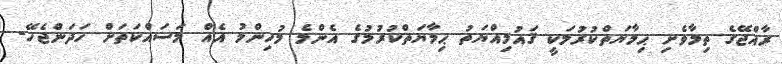
ރާއްޖޭގެ ތިމާވެށި ޙިމާޔަތްކުރުމަކީ ޤައުމިއްޔަތު ޙިމާޔަތްކުރުމުގެ އެންމެ މުހިންމު އެއް މަސައްކަތަށް ހަދަންޖެހޭ-